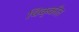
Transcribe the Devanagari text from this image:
चिक्कीत